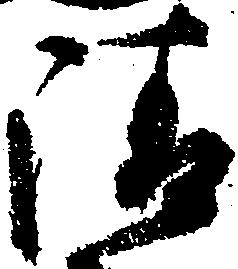
請